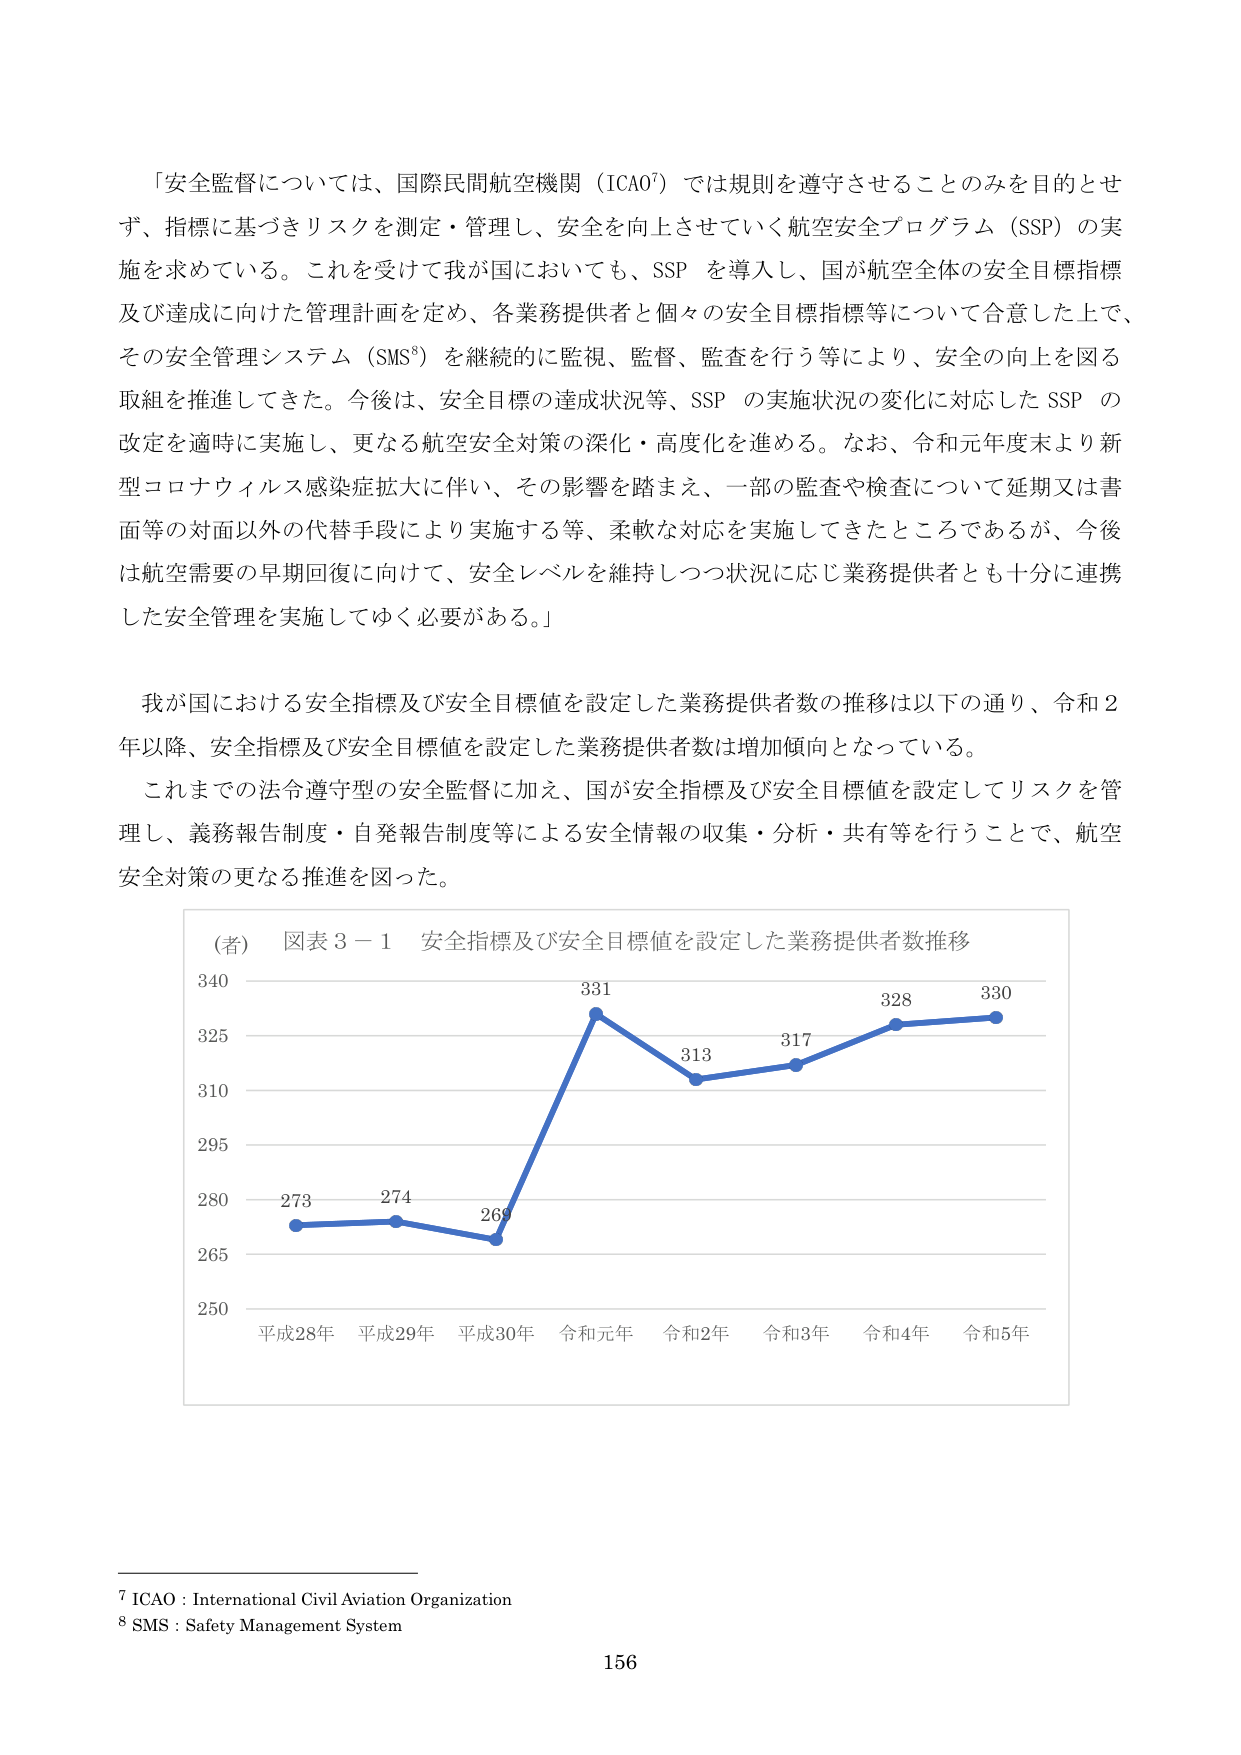
「安全監督については、国際民間航空機関（ICAO⁷）では規則を遵守させることのみを目的とせず、指標に基づきリスクを測定・管理し、安全を向上させていく航空安全プログラム（SSP）の実施を求めている。これを受けて我が国においても、SSP を導入し、国が航空全体の安全目標指標及び達成に向けた管理計画を定め、各業務提供者と個々の安全目標指標等について合意した上で、その安全管理システム（SMS⁸）を継続的に監視、監督、監査を行う等により、安全の向上を図る取組を推進してきた。今後は、安全目標の達成状況等、SSP の実施状況の変化に対応した SSP の改定を適時に実施し、更なる航空安全対策の深化・高度化を進める。なお、令和元年度末より新型コロナウィルス感染症拡大に伴い、その影響を踏まえ、一部の監査や検査について延期又は書面等の対面以外の代替手段により実施する等、柔軟な対応を実施してきたところであるが、今後は航空需要の早期回復に向けて、安全レベルを維持しつつ状況に応じ業務提供者とも十分に連携した安全管理を実施してゆく必要がある。」

我が国における安全指標及び安全目標値を設定した業務提供者数の推移は以下の通り、令和２年以降、安全指標及び安全目標値を設定した業務提供者数は増加傾向となっている。

これまでの法令遵守型の安全監督に加え、国が安全指標及び安全目標値を設定してリスクを管理し、義務報告制度・自発報告制度等による安全情報の収集・分析・共有等を行うことで、航空安全対策の更なる推進を図った。

（者） 図表３－１ 安全指標及び安全目標値を設定した業務提供者数推移
340
331
328
330
325
313
317
310
295
280 273 274 269
265
250
平成28年 平成29年 平成30年 令和元年 令和2年 令和3年 令和4年 令和5年

⁷ ICAO : International Civil Aviation Organization
⁸ SMS : Safety Management System
156